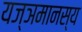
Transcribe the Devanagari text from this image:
यज्ञमानस्य